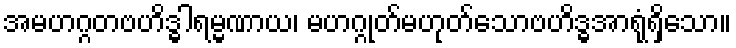
အမဟဂ္ဂတဗဟိဒ္ဓါရမ္မဏာယ၊ မဟဂ္ဂုတ်မဟုတ်သောဗဟိဒ္ဓအာရုံရှိသော။